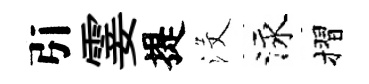
引霎提沒泳摺